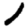
Digit: 1